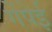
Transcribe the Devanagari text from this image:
गेंपेई